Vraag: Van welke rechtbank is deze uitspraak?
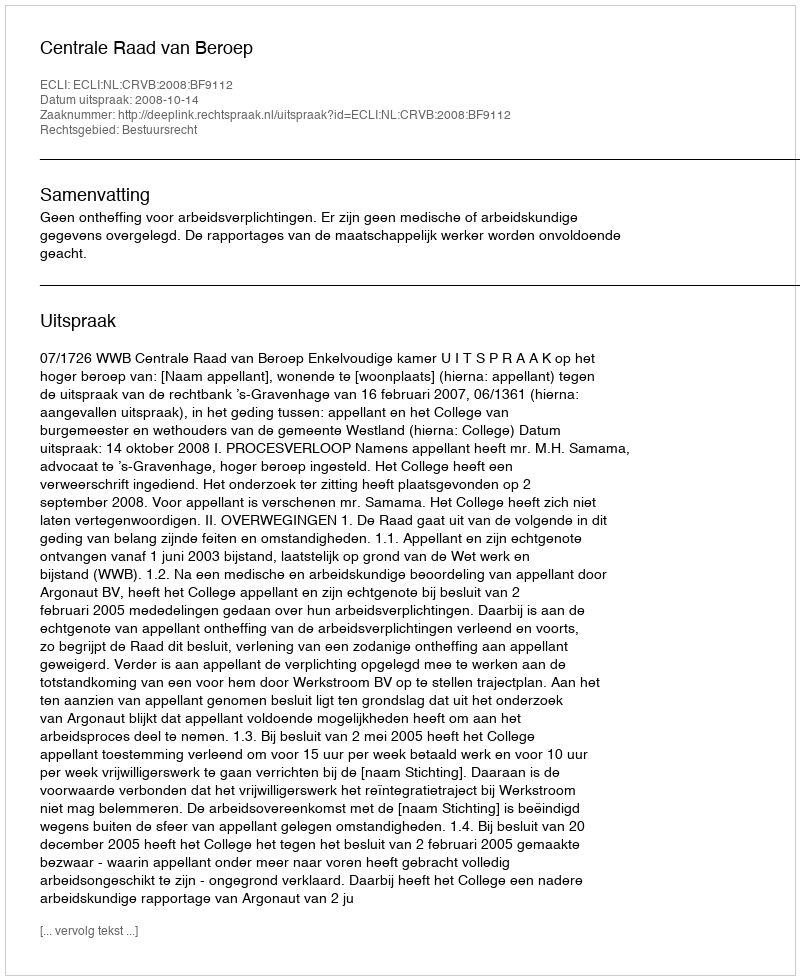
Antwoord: Centrale Raad van Beroep